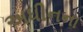
અધીનના